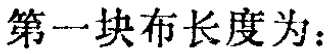
第一块布长度为：